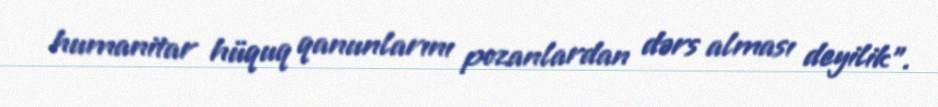
humanitar hüquq qanunlarını pozanlardan dərs alması deyilik”.